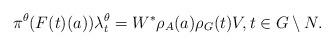
LaTeX: \begin{align*}\pi^{\theta}(F(t)(a))\lambda_t^{\theta} = W^*\rho_A(a) \rho_G(t) V, t\in G\setminus N.\end{align*}